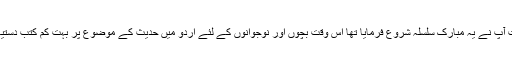
جس وقت آپ نے یہ مبارک سلسلہ شروع فرمایا تھا اس وقت بچوں اور نوجوانوں کے لئے اردو میں حدیث کے موضوع پر بہت کم کتب دستیاب تھیں۔